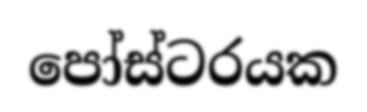
පෝස්ටරයක